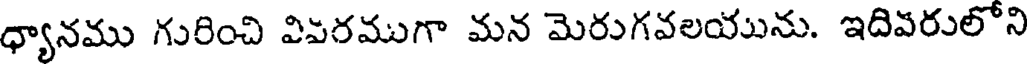
ధ్యానము గురించి విపరముగా మన మెరుగవలయును. ఇదివరులోని